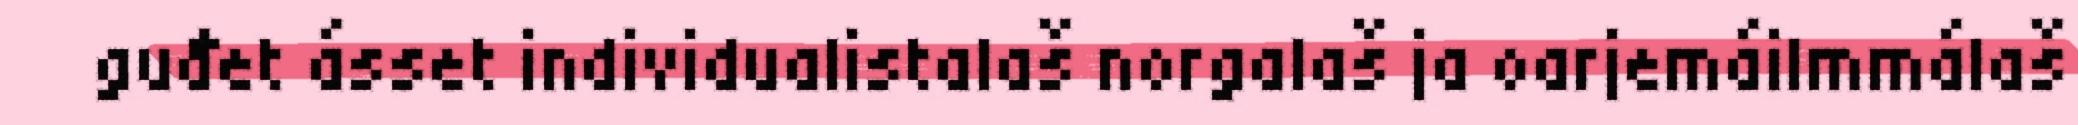
guđet ásset individualistalaš norgalaš ja oarjemáilmmálaš